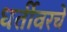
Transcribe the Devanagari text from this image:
धर्तीवरचे